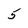
Character: 5